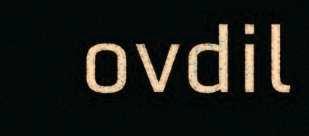
ovdil